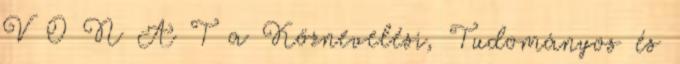
V O N A T a Köznevelési, Tudományos és